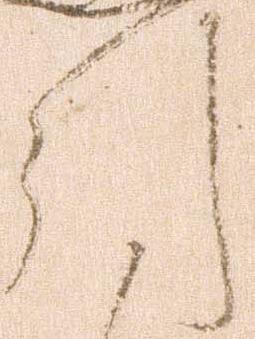
引